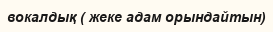
вокалдық ( жеке адам орындайтын)